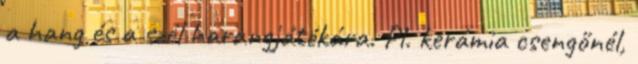
a hang és a szél harangjátékára. Pl. kerámia csengőnél,